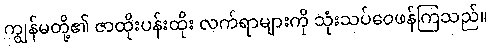
ကျွန်မတို့၏ ဇာထိုးပန်းထိုး လက်ရာများကို သုံးသပ်ဝေဖန်ကြသည်။